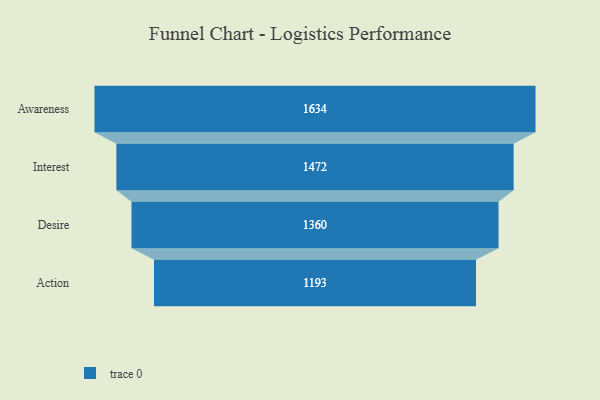
{"axis": {"x": "Stage", "y": "Value"}, "legend": [""], "data": [{"x": "Awareness", "y": 1634.0, "type": ""}, {"x": "Interest", "y": 1472.0, "type": ""}, {"x": "Desire", "y": 1360.0, "type": ""}, {"x": "Action", "y": 1193.0, "type": ""}]}